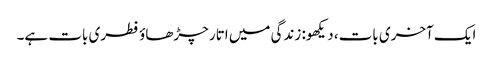
ایک آخری بات، دیکھو: زندگی میں اتار چڑھاؤ فطری بات ہے۔